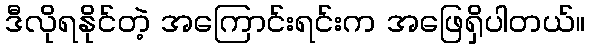
ဒီလိုရနိုင်တဲ့ အကြောင်းရင်းက အဖြေရှိပါတယ်။